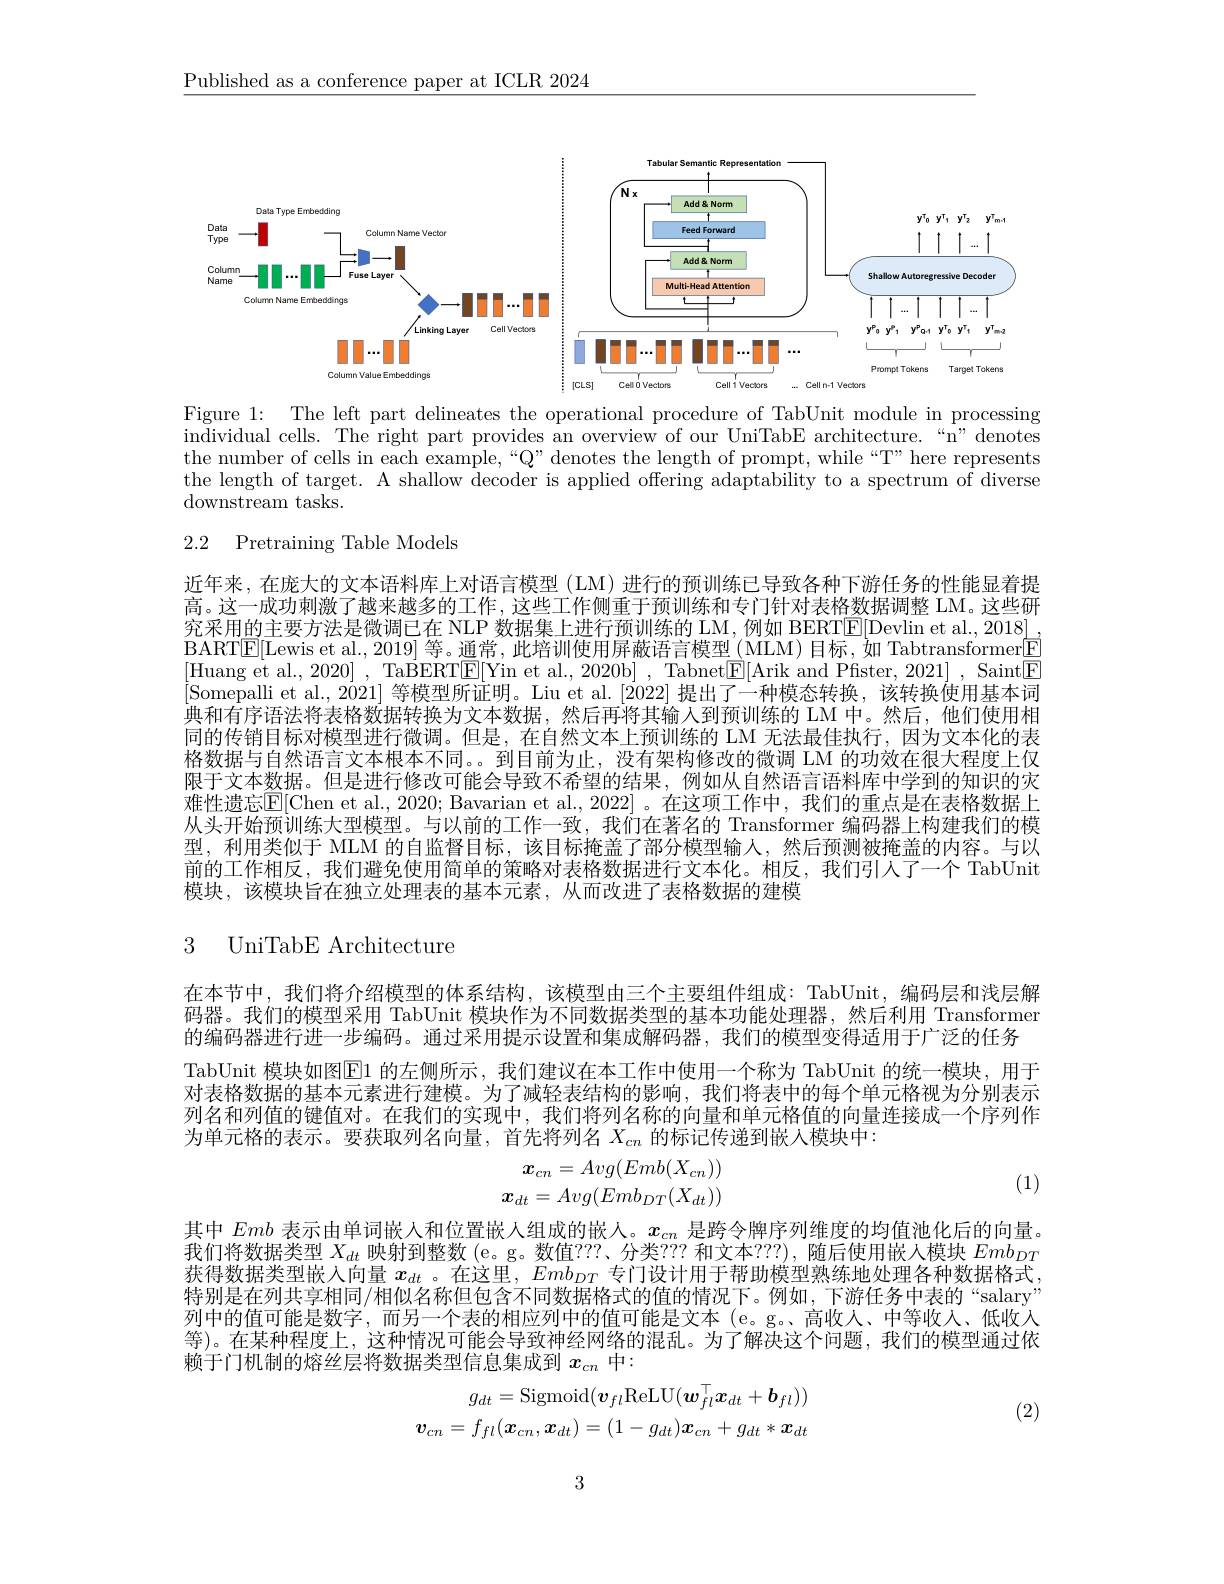
$\underline{\text{Published as a conference paper at ICLR 2024}}$

<FigureHere>

Figure 1: The left part delineates the operational procedure of TabUnit module in processing individual cells. The right part provides an overview of our UniTabE architecture.“n”denotes the number of cells in each example,“Q”denotes the length of prompt, while“T” here represents the length of target. A shallow decoder is applied offering adaptability to a spectrum of diverse downstream tasks.

## 2.2 Pretraining Table Models

近年来，在庞大的文本语料库上对语言模型(LM)进行的预训练已导致各种下游任务的性能显着提高。这一成功刺激了越来越多的工作，这些工作侧重于预训练和专门针对表格数据调整 LM。这些研究采用的主要方法是微调已在 NLP 数据集上进行预训练的 LM,例如 BERTE[Devlin et al., 2018]. BARTE[Lewis et al., 2019]等。通常，此培训使用屏蔽语言模型(MLM)目标，如 Tabtransformer[F] [Huang et al., 2020] , TaBERT$\underline{\mathrm{E}}[$Yin et al., 2020b] , Tabnet$\underline{\mathrm{E}}[$Arik and Pfister, 2021] , Saint$\underline{\mathrm{E}}$ [Somepalli et al., 2021] 等模型所证明。Liu et al. [2022] 提出了一种模态转换，该转换使用基本词$\dot{\text{典和有序语法将表格数据转换为文本数据，然后再将其输入到预训练的 LM 中。然后，他们使用相}}$ 同的传销目标对模型进行微调。但是，在自然文本上预训练的 LM 无法最佳执行，因为文本化的表格数据与自然语言文本根本不同。。到目前为止，没有架构修改的微调 LM 的功效在很大程度上仅限于文本数据。但是进行修改可能会导致不希望的结果，例如从自然语言语料库中学到的知识的灾难性遗忘$\overline{\mathbb{E}}[$Chen et al., 2020; Bavarian et al., 2022] 。在这项工作中，我们的重点是在表格数据上从头开始预训练大型模型。与以前的工作一致，我们在著名的 Transformer 编码器上构建我们的模型，利用类似于 MLM 的自监督目标，该目标掩盖了部分模型输人，然后预测被掩盖的内容。与以前的工作相反，我们避免使用简单的策略对表格数据进行文本化。相反，我们引人了一个 TabUnit 模块，该模块旨在独立处理表的基本元素，从而改进了表格数据的建模

### 3 UniTabE Architecture

在本节中，我们将介绍模型的体系结构，该模型由三个主要组件组成：TabUnit,编码层和浅层解码器。我们的模型采用 TabUnit 模块作为不同数据类型的基本功能处理器，然后利用 Transformer 的编码器进行进一步编码。通过采用提示设置和集成解码器，我们的模型变得适用于广泛的任务
TabUnit 模块如图$\boxed{\mathrm{E}}1$ 的左侧所示 ,我们建议在本工作中使用一个称为 TabUnit 的统一模块，用于对表格数据的基本元素进行建模。为了减轻表结构的影响，我们将表中的每个单元格视为分别表示列名和列值的键值对。在我们的实现中，我们将列名称的向量和单元格值的向量连接成一个序列作为单元格的表示。要获取列名向量，首先将列名$X_cn$的标记传递到嵌人模块中：
$$\begin{array}{r}{{\boldsymbol{x}_{cn}=Avg(Emb(X_{cn}))}}\\{{\boldsymbol{x}_{dt}=Avg(Emb_{DT}(X_{dt}))}}\end{array}$$
(1)

其中Emb表示由单词嵌人和位置嵌人组成的嵌人。$x_{cn}$是跨令牌序列维度的均值池化后的向量。我们将数据类型$X_dt$映射到整数 (e。g。数值？??、分类？?? 和文本？??),随后使用嵌人模块$Emb_DT$ 获得数据类型嵌入向量$x_dt$ 。在这里，$Emb_{DT}$专门设计用于帮助模型熟练地处理各种数据格式. 特别是在列共享相同/相似名称但包含不同数据格式的值的情况下。例如，下游任务中表的“salary” 列中的值可能是数字，而另一个表的相应列中的值可能是文本(e。g。高收入、中等收入、低收入等)。在某种程度上，这种情况可能会导致神经网络的混乱。为了解决这个问题，我们的模型通过依赖于门机制的熔丝层将数据类型信息集成到$x_{cn}$中：
$$g_{dt}=\mathrm{Sigmoid}(\boldsymbol{v}_{fl}\mathrm{ReLU}(\boldsymbol{w}_{fl}^{\top}\boldsymbol{x}_{dt}+\boldsymbol{b}_{fl}))\\\boldsymbol{v}_{cn}=f_{fl}(\boldsymbol{x}_{cn},\boldsymbol{x}_{dt})=(1-g_{dt})\boldsymbol{x}_{cn}+g_{dt}*\boldsymbol{x}_{dt}$$
(2)

3